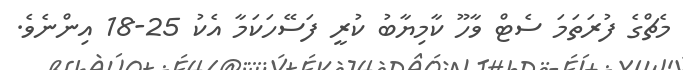
މެޗްގެ ފުރަތަމަ ސެޓް ވާހޫ ކާމިޔާބު ކުރީ ފަސޭހަކަމާ އެކު 25-18 އިންނެވެ.